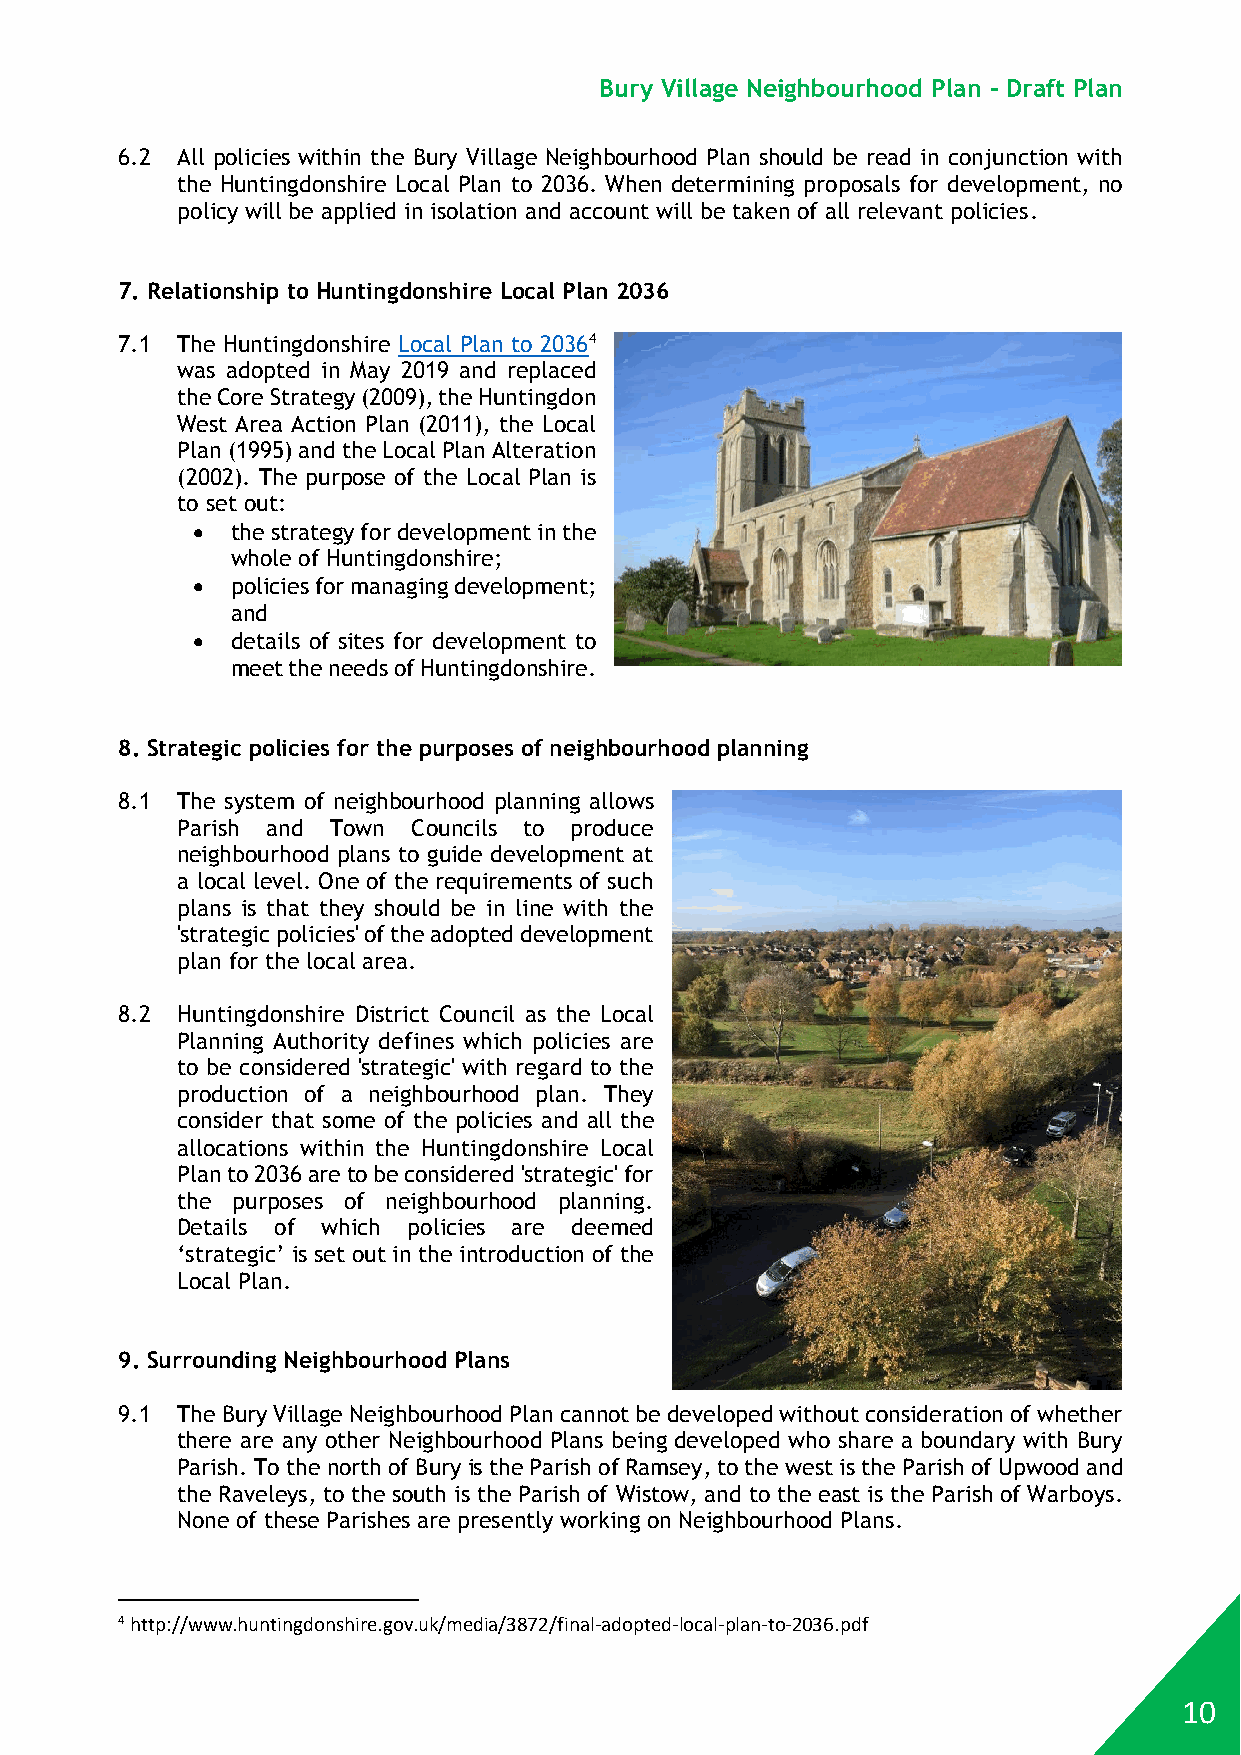
Bury Village Neighbourhood Plan - Draft Plan
 6.2 All policies within the Bury Village Neighbourhood Plan should be read in conjunction with
 the Huntingdonshire Local Plan to 2036. When determining proposals for development, no
 policy will be applied in isolation and account will be taken of all relevant policies.
 7. Relationship to Huntingdonshire Local Plan 2036
 7.1 The Huntingdonshire Local Plan to 20364
 was adopted in May 2019 and replaced
 the Core Strategy (2009), the Huntingdon
 West Area Action Plan (2011), the Local
 Plan (1995) and the Local Plan Alteration
 (2002). The purpose of the Local Plan is
 to set out:
  the strategy for development in the
 whole of Huntingdonshire;
  policies for managing development;
 and
  details of sites for development to
 meet the needs of Huntingdonshire.
 8. Strategic policies for the purposes of neighbourhood planning
 8.1 The system of neighbourhood planning allows
 Parish and Town Councils to produce
 neighbourhood plans to guide development at
 a local level. One of the requirements of such
 plans is that they should be in line with the
 'strategic policies' of the adopted development
 plan for the local area.
 8.2 Huntingdonshire District Council as the Local
 Planning Authority defines which policies are
 to be considered 'strategic' with regard to the
 production of a neighbourhood plan. They
 consider that some of the policies and all the
 allocations within the Huntingdonshire Local
 Plan to 2036 are to be considered 'strategic' for
 the purposes of neighbourhood planning.
 Details of which policies are deemed
 ‘strategic’ is set out in the introduction of the
 Local Plan.
 9. Surrounding Neighbourhood Plans
 9.1 The Bury Village Neighbourhood Plan cannot be developed without consideration of whether
 there are any other Neighbourhood Plans being developed who share a boundary with Bury
 Parish. To the north of Bury is the Parish of Ramsey, to the west is the Parish of Upwood and
 the Raveleys, to the south is the Parish of Wistow, and to the east is the Parish of Warboys.
 None of these Parishes are presently working on Neighbourhood Plans.
 4 http://www.huntingdonshire.gov.uk/media/3872/final-adopted-local-plan-to-2036.pdf
 10